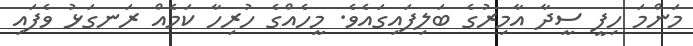
މަންމަ ހިފީ ސީދާ އާމިރުގެ ބަލިފައިގައެވެ. މީހެއްގެ ހުރިހާ ކަމެއް ރަނގަޅު ވެފައި